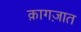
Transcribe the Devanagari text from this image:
क़ागज़ात